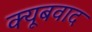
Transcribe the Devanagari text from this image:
क्यूबवाद